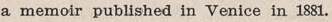
a memoir published in Venice in 1881